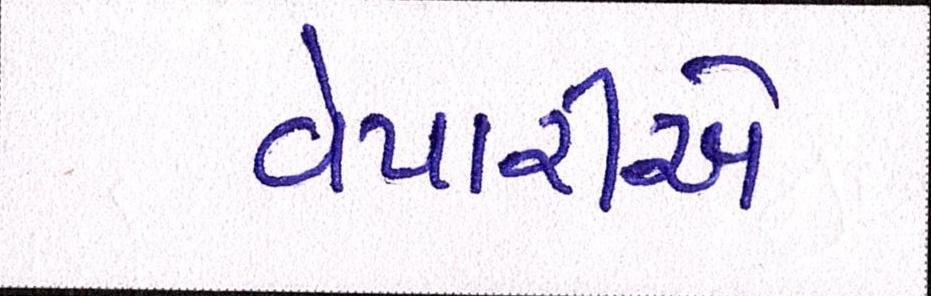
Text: વેપારીએ